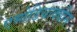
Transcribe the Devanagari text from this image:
एमोडियाक्वीन